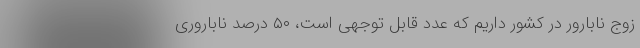
زوج نابارور در کشور داریم که عدد قابل توجهی است، ۵۰ درصد ناباروری